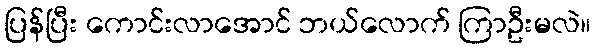
ပြန်ပြီး ကောင်းလာအောင် ဘယ်လောက် ကြာဦးမလဲ။